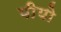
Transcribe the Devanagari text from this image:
पीयो